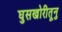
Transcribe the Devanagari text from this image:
घुसखोरीतूनु